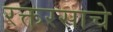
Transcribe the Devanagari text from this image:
रक्तरसाचे